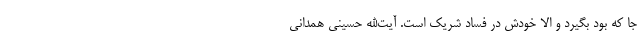
جا که بود بگیرد و الا خودش در فساد شریک است. آیت‌الله حسینی همدانی